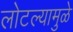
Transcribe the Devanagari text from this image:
लोटल्यामुळे